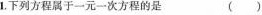
1. 下列方程属于一元一次方程的是 ( )